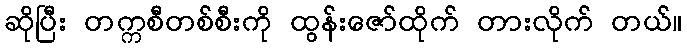
ဆိုပြီး တက္ကစီတစ်စီးကို ထွန်းဇော်ထိုက် တားလိုက် တယ်။